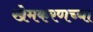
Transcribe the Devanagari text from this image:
खेमकरणच्या